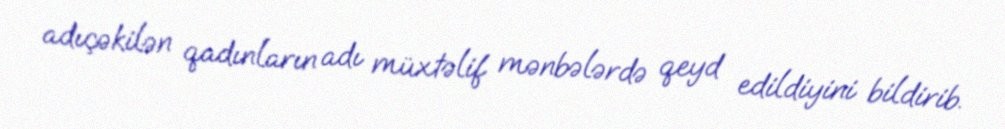
adıçəkilən qadınların adı müxtəlif mənbələrdə qeyd edildiyini bildirib.